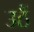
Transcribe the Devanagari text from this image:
उठैं